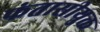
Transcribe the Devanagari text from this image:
फंतासीयुक्त